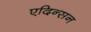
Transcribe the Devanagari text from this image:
एदिन्सन